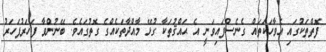
ފޮތްތަކުގައި އެވާހަކަތައް ގެނެސްފައިވަނީ އެ ޙައްޤުތަކާ ގުޅޭ މާއްދާތަކެއްގެ ގޮތުގައެވެ. ބޭނުންވާ ފަހަރުފަހަރު